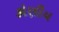
કોણીય